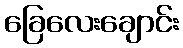
ခြေလေးချောင်း